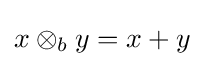
x\otimes _{b}y=x+y